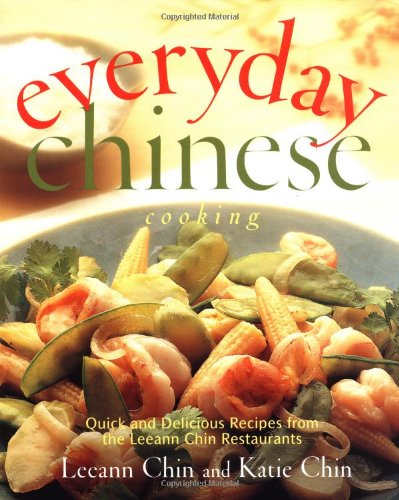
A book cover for Everyday Chinese Cooking: Quick and Delicious Recipes from the Leeann Chin Restaurants; Leeann Chin; Cookbooks, Food & Wine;